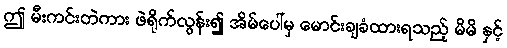
ဤ မီးကင်းတဲကား ဖဲရိုက်လွန်း၍ အိမ်ပေါ်မှ မောင်းချခံထားရသည့် မိမိ နှင့်